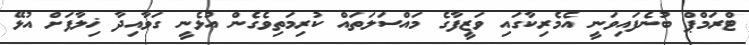
ޓްރަމްޕް ބުނެފައިވަނީ އެމެރިކާގައި ވަޒީފާގެ މައްސަލަތައް ކުރިމަތިވެގެން އުޅެނީ ގަވާއިދާ ޚިލާފަށް އުޅޭ